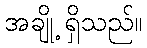
အချို့ ရှိသည်။